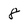
Character: 8